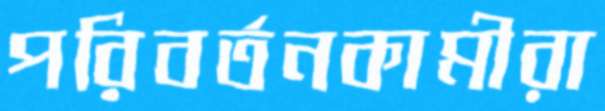
পরিবর্তনকামীরা